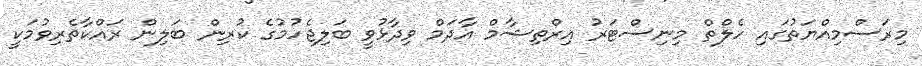
މިރަސްމިއްޔަތުގައި ހެލްތް މިނިސްޓަރު އިރްތިޝާމް އާދަމް ވިދާޅުވީ ބަލިޖެހުމުގެ ކުރިން ބަލިން ރައްކާތެރިވުމަކީ